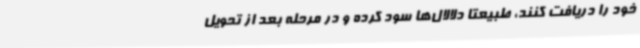
خود را دریافت کنند، طبیعتا دلالال‌ها سود کرده و در مرحله بعد از تحویل